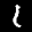
Label: 1